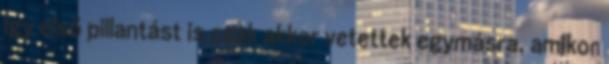
Így első pillantást is csak akkor vetettek egymásra, amikor